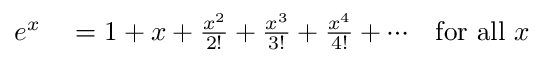
\begin{array} { r l r } { e ^ { x } } & { { } = 1 + x + { \frac { x ^ { 2 } } { 2 ! } } + { \frac { x ^ { 3 } } { 3 ! } } + { \frac { x ^ { 4 } } { 4 ! } } + \dotsb } & { { \mathrm { f o r ~ a l l ~ } } x } \end{array}